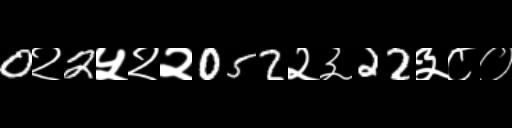
Text: 0२2५२२052२३22३८०